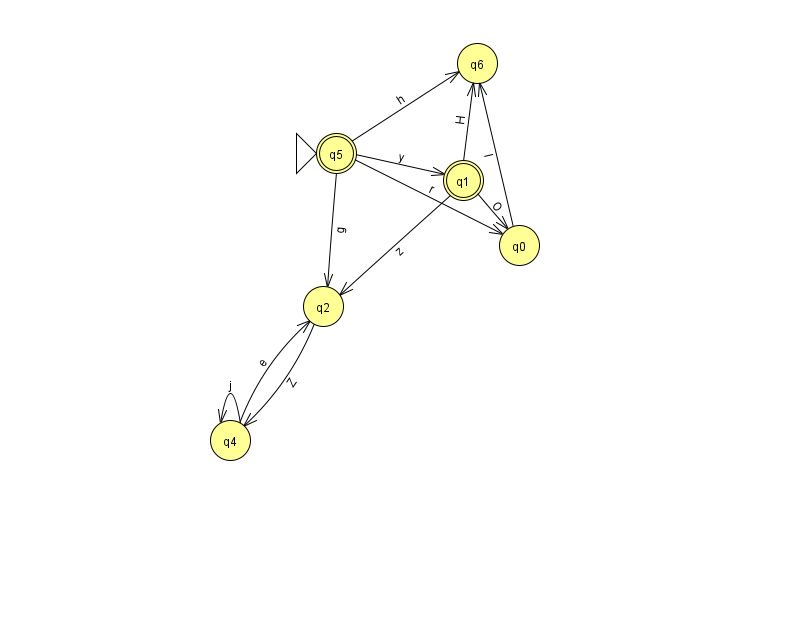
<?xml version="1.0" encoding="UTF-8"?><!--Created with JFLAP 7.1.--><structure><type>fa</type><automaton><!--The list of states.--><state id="0" name="q0"><x>519.0</x><y>232.0</y></state><state id="1" name="q1"><x>463.0</x><y>167.0</y><final/></state><state id="2" name="q2"><x>323.0</x><y>293.0</y></state><state id="4" name="q4"><x>230.0</x><y>427.0</y></state><state id="5" name="q5"><x>336.0</x><y>140.0</y><initial/><final/></state><state id="6" name="q6"><x>477.0</x><y>50.0</y></state><!--The list of transitions.--><transition><from>5</from><to>1</to><read>y</read></transition><transition><from>5</from><to>6</to><read>h</read></transition><transition><from>2</from><to>4</to><read>Z</read></transition><transition><from>5</from><to>0</to><read>r</read></transition><transition><from>0</from><to>6</to><read>I</read></transition><transition><from>1</from><to>0</to><read>O</read></transition><transition><from>1</from><to>6</to><read>H</read></transition><transition><from>4</from><to>4</to><read>j</read></transition><transition><from>5</from><to>2</to><read>g</read></transition><transition><from>1</from><to>2</to><read>z</read></transition><transition><from>4</from><to>2</to><read>e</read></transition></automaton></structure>